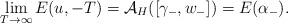
LaTeX: \begin{align*}\lim_{T\to \infty} E(u,-T) = \mathcal A_H([\gamma_-,w_-]) = E(\alpha_-).\end{align*}